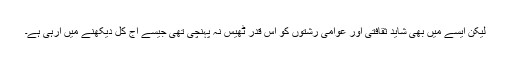
لیکن ایسے میں بھی شاید ثقافتی اور عوامی رشتوں کو اس قدر ٹھیس نہ پہنچی تھی جیسے آج کل دیکھنے میں آرہی ہے۔